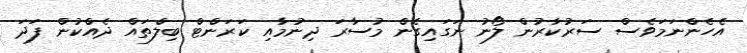
އެހެންނަމަވެސް ސަރުކާރުން ލޯނު ނަގައިގެން މުސާރަ ދިނުމާއި ކަރަންޓް ބިލްތައް ދެއްކުން ފަދަ